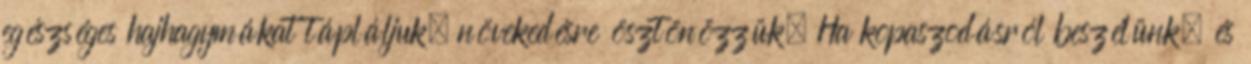
egészséges hajhagymákat tápláljuk, növekedésre ösztönözzük. Ha kopaszodásról beszélünk, és